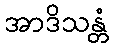
အာဒိသန္တံ